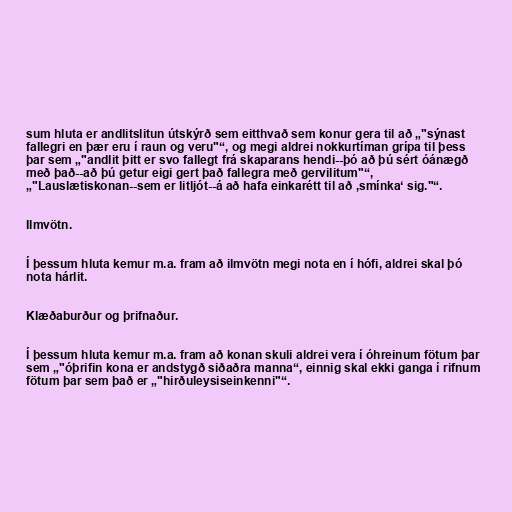
sum hluta er andlitslitun útskýrð sem eitthvað sem konur gera til að „"sýnast
fallegri en þær eru í raun og veru"“, og megi aldrei nokkurtíman grípa til þess
þar sem „"andlit þitt er svo fallegt frá skaparans hendi--þó að þú sért óánægð
með það--að þú getur eigi gert það fallegra með gervilitum"“,
„"Lauslætiskonan--sem er litljót--á að hafa einkarétt til að ‚smínka‘ sig."“.

Ilmvötn.

Í þessum hluta kemur m.a. fram að ilmvötn megi nota en í hófi, aldrei skal þó
nota hárlit.

Klæðaburður og þrifnaður.

Í þessum hluta kemur m.a. fram að konan skuli aldrei vera í óhreinum fötum þar
sem „"óþrifin kona er andstygð siðaðra manna“, einnig skal ekki ganga í rifnum
fötum þar sem það er „"hirðuleysiseinkenni"“.